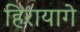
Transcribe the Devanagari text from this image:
हिरायागे